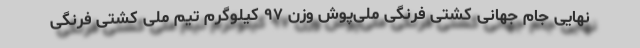
نهایی جام جهانی کشتی فرنگی ملی‌پوش وزن ۹۷ کیلوگرم تیم ملی کشتی فرنگی